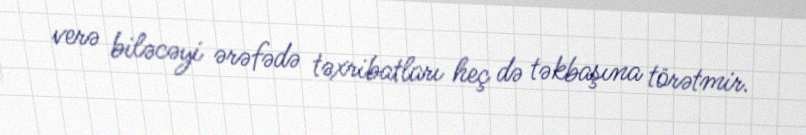
verə biləcəyi ərəfədə təxribatları heç də təkbaşına törətmir.